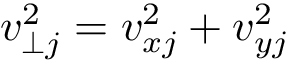
v _ { \perp j } ^ { 2 } = v _ { x j } ^ { 2 } + v _ { y j } ^ { 2 }